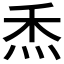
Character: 𤇕